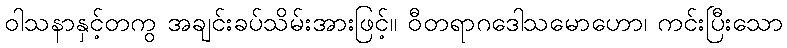
ဝါသနာနှင့်တကွ အချင်းခပ်သိမ်းအားဖြင့်။ ဝီတရာဂဒေါသမောဟော၊ ကင်းပြီးသော